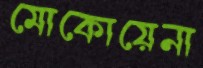
মোকোয়েনা